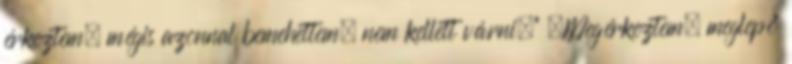
érkeztem, mégis azonnal bemehettem, nem kellett várni.” „Megérkeztem, meglepő